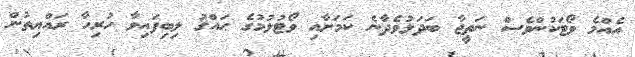
އެއްމެ ވޯޓަކުންވެސް ނަތީޖާ ބަދަލުވެދާނެ ކަމަށާއި ވޯޓުލުމުގެ ޙައްޤު ލިބިފައިވާ ހުރިހާ ރައްޔިތުން